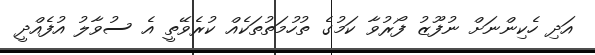
އަދި ހެކިންނަށް ނުފޫޒު ފޯރުވާ ކަމުގެ ތުހުމަތުތަކެއް ކުރެވޭތީ އެ ސުވާލު އުފެއްދީ